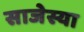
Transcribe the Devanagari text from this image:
साजेस्या